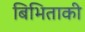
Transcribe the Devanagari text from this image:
बिभिताकी